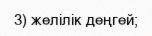
3) желілік деңгей;